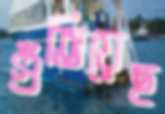
গুঁতিয়েছ